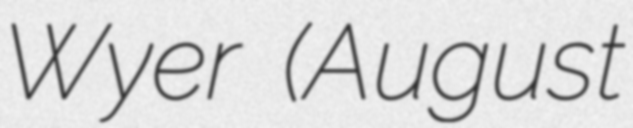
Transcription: Wyer (August